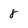
Character: 8